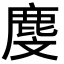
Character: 𪊓